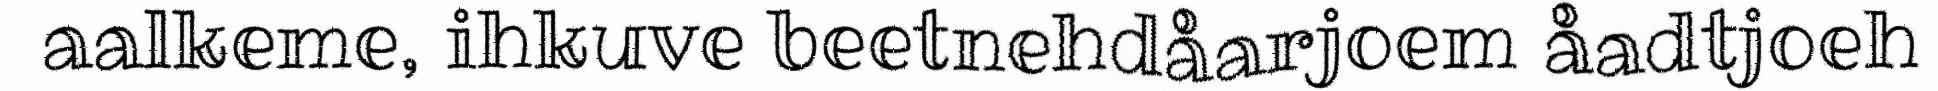
aalkeme, ihkuve beetnehdåarjoem åadtjoeh